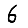
Digit: 6